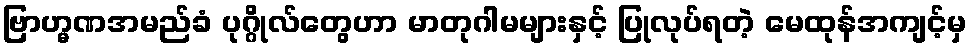
ဗြာဟ္မဏအမည်ခံ ပုဂ္ဂိုလ်တွေဟာ မာတုဂါမများနှင့် ပြုလုပ်ရတဲ့ မေထုန်အကျင့်မှ